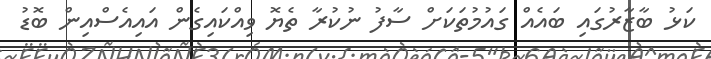
ކަޅު ބާޒާރުގައި ބައެއް ގައުމުތަކަށް ސާފު ނުކުރާ ތެޔޮ ވިއްކައިގެން އައިއެސްއިން ބޮޑު